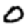
Digit: 0